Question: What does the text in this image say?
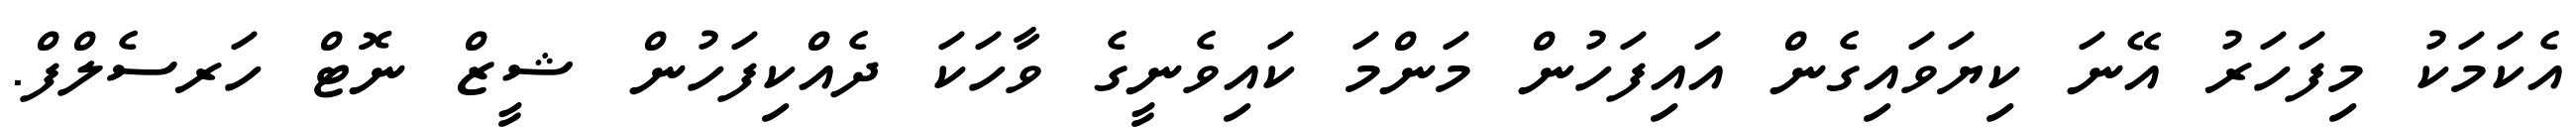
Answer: އެކަމަކު މިފަހަރު އޭނަ ކިޔަވައިގެން އައިފަހުން މަންމަ ކައިވެނީގެ ވާހަކަ ދެއްކިފަހުން ޝީޒް ނޮޓް ހަރސެލްފް.